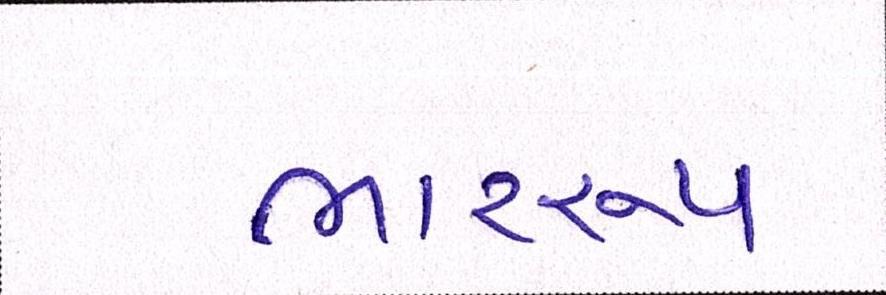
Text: ભારરૂપ